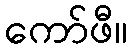
ကော်ဖီ။